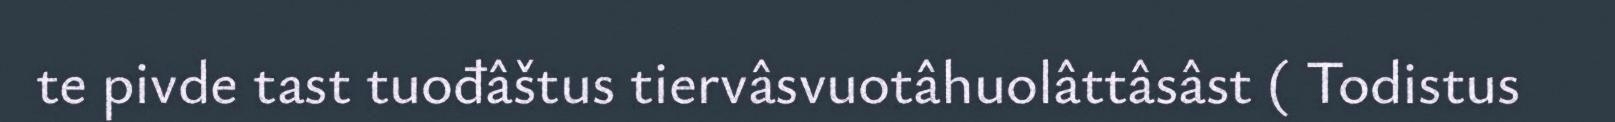
te pivde tast tuođâštus tiervâsvuotâhuolâttâsâst ( Todistus